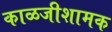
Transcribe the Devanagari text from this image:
काळजीशामक